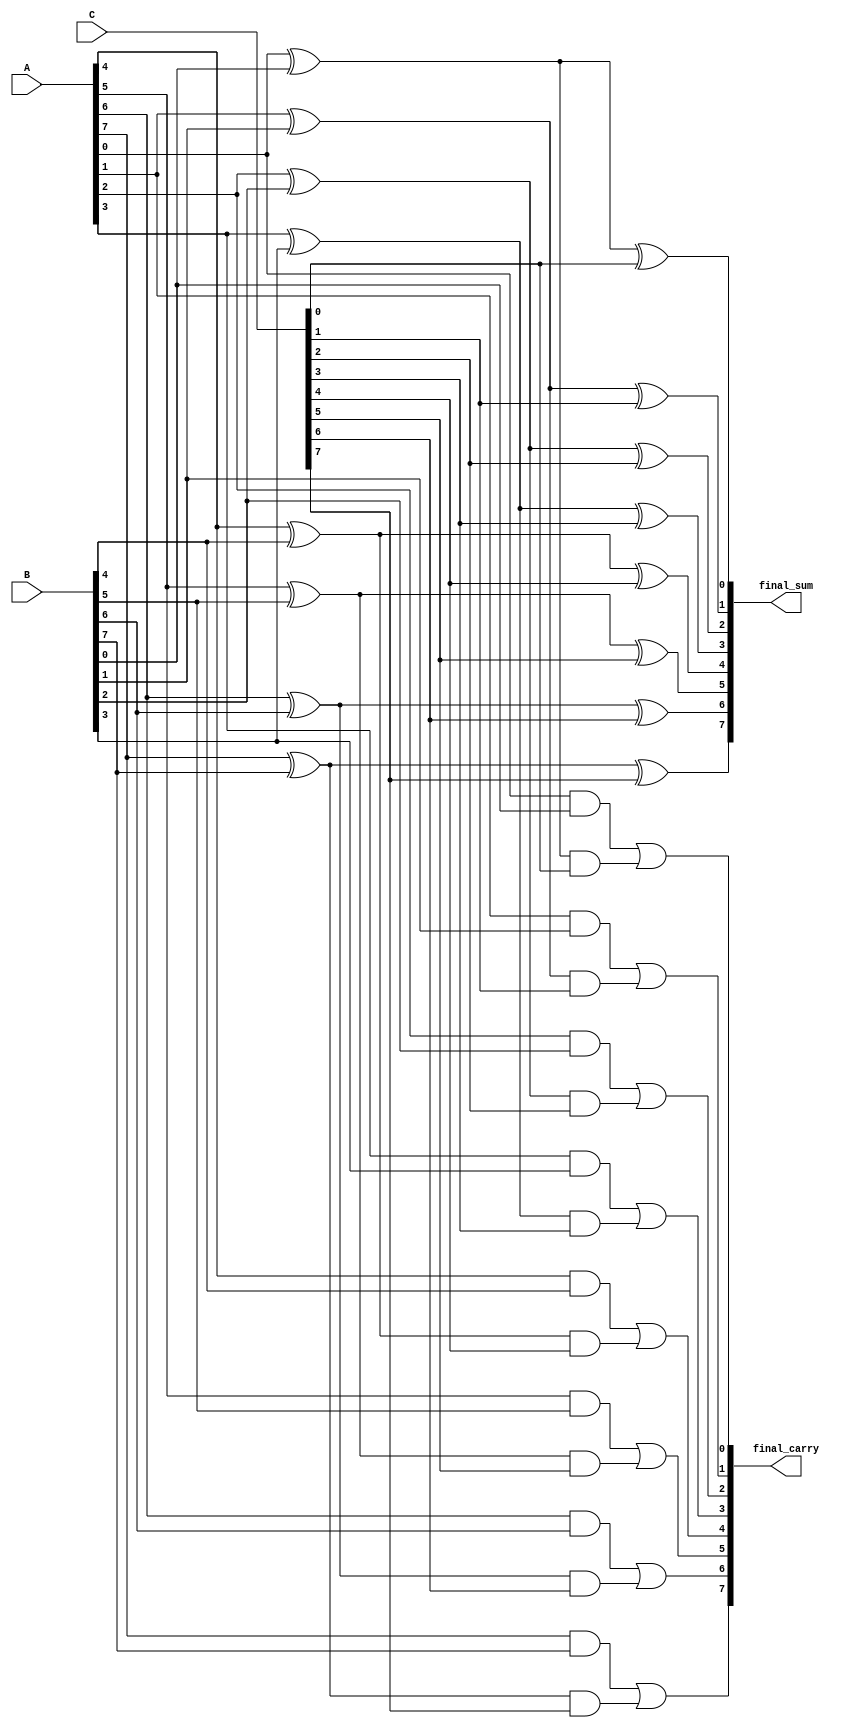
module CarrySaveAdder #(parameter WIDTH = 8, parameter LEVELS = 3)(
    input [(WIDTH-1):0] A,
    input [(WIDTH-1):0] B,
    input [(WIDTH-1):0] C,
    output [(WIDTH-1):0] final_sum,
    output [(WIDTH-1):0] final_carry
);

// Intermediate sums and carries for each level
wire [(WIDTH-1):0] sum_level_0;
wire [(WIDTH-1):0] carry_level_0;

wire [(WIDTH-1):0] sum_level_1;
wire [(WIDTH-1):0] carry_level_1;

wire [(WIDTH-1):0] sum_level_2;
wire [(WIDTH-1):0] carry_level_2;

// Level 0: Full Adders for A, B, C
genvar i;
generate
    for (i = 0; i < WIDTH; i = i + 1) begin: level_0
        assign sum_level_0[i] = A[i] ^ B[i];           // Intermediate Sum
        assign carry_level_0[i] = A[i] & B[i];         // Intermediate Carry
    end
endgenerate

// Combine Level 0 Outputs with C
generate
    for (i = 0; i < WIDTH; i = i + 1) begin: level_1
        assign sum_level_1[i] = sum_level_0[i] ^ C[i]; // Intermediate Sum for Level 1
        assign carry_level_1[i] = carry_level_0[i] | (sum_level_0[i] & C[i]); // Carry for Level 1
    end
endgenerate

// Level 2: Final Carry and Sum Calculation
generate
    for (i = 0; i < WIDTH; i = i + 1) begin: level_2
        assign sum_level_2[i] = sum_level_1[i];  // Final Sum takes sum from Level 1
        assign carry_level_2[i] = carry_level_1[i]; // Final Carry takes carry from Level 1
    end
endgenerate

// Final Outputs
assign final_sum = sum_level_2;
assign final_carry = carry_level_2;

endmodule